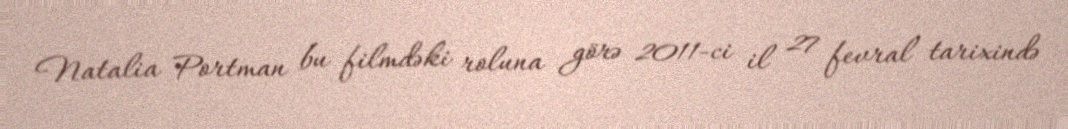
Natalia Portman bu filmdəki roluna görə 2011-ci il 27 fevral tarixində